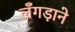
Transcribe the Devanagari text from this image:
लँगड़ाने